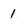
Character: 1